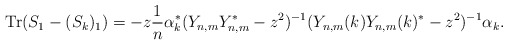
\begin{align*}\mathrm{Tr} (S_1 - (S_k)_1) = - z \frac{1}{n} \alpha_k^* (Y_{n,m} Y_{n,m}^* - z^2)^{-1}(Y_{n,m}(k) Y_{n,m}(k)^* - z^2)^{-1} \alpha_k.\end{align*}